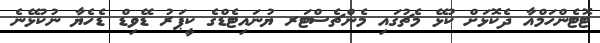
ޓޮޓެންހަމްއާ ދެކޮޅަށް ކުޅޭ މެޗުގައި މެންޗެސްޓަރ ޔުނައިޓެޑްގެ ކީޕަރު ޑޭވިޑް ޑެހެޔާ ނުކުޅޭނެ